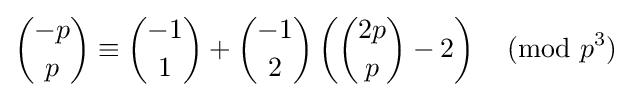
{-p \choose p}\equiv {-1 \choose 1}+{-1 \choose 2}\left({2p \choose p}-2\right){\pmod {p^{3}}}